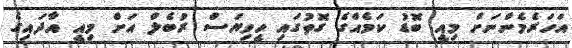
އަހަރެމެންނަށް މިއީ ބޮޑު ކަމެއްގެ ގޮތުގައި ހީވިޔަސް ރުބެލް އަށް މިއީ އާދައިގެ